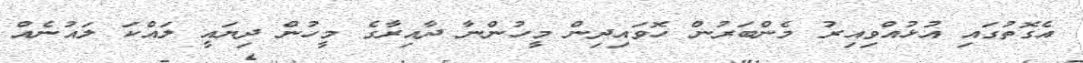
އެގޮތުގައި އުޅުއްވިއިރު މެންބަރުން ހޮވައިދިން މީހުންނާ ދާއިރާގެ މީހުން ދިޔައީ ލައްކަ ލައުނެއް